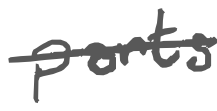
Text: parts
Cross-out: single-line
Writing tool: digital_gray